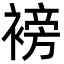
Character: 𮖧